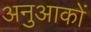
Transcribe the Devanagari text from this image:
अनुआकों